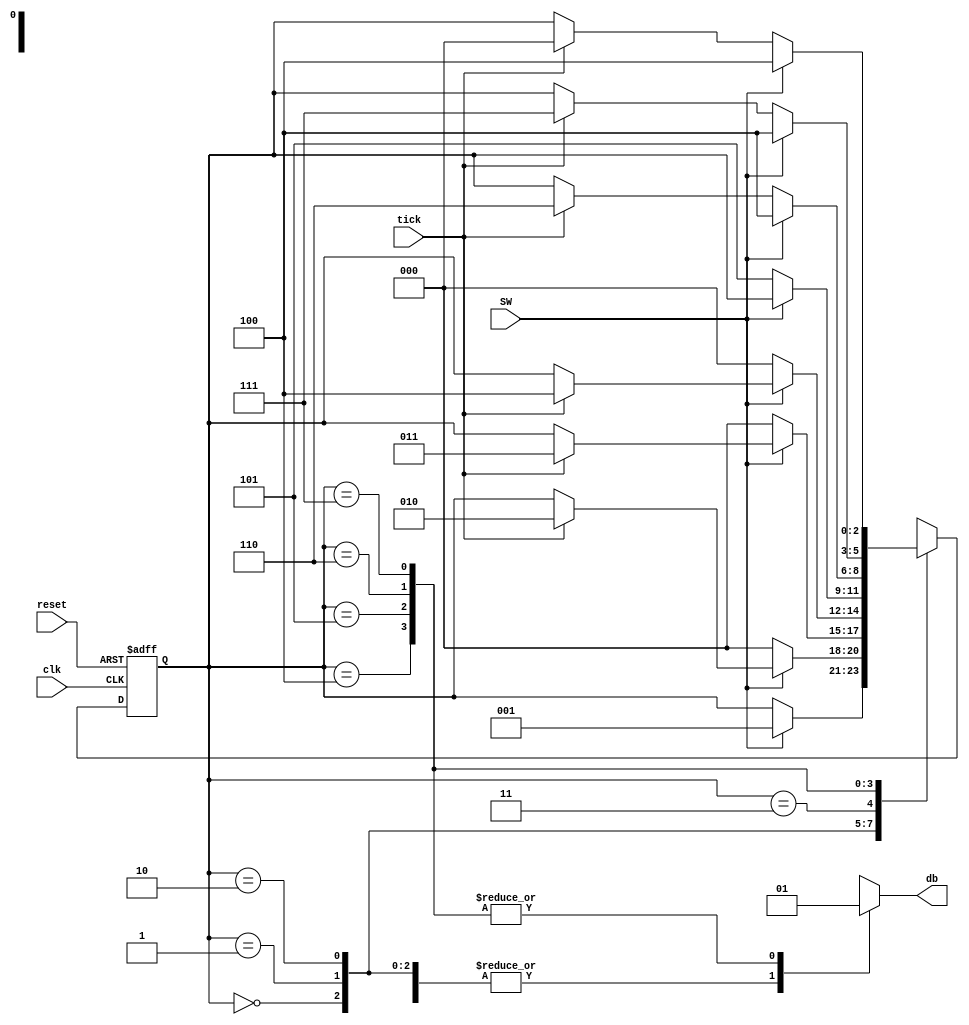
`timescale 1ns / 1ps
//****************************************************************// 
//                                                                // 
//  Created by Naoaki Takatsu on 02/21/2018.                      // 
//  Copyright  2018                                              //
//  Naoaki Takatsu. All rights reserved.                          // 
//                                                                // 
//                                                                // 
//  In submitting this file for class work at CSULB               // 
//  I am confirming that this is my work and the work             // 
//  of no one else. In submitting this code I acknowledge that    // 
//  plagiarism in student project work is subject to dismissal.   //  
//  from the class                                                // 
//****************************************************************//

module debounce_2(
   input clk, reset,
	input tick,
   input SW,
   output reg db
   );

   localparam [2:0] zero = 3'b000,
	                 wait1_1 = 3'b001,
						  wait1_2 = 3'b010,
						  wait1_3 = 3'b011,
						  one = 3'b100,
						  wait0_1 = 3'b101,
						  wait0_2 = 3'b110,
						  wait0_3 = 3'b111;

   localparam N = 20;
   reg  [N-1:0] p_out;
   wire [N-1:0] n_out;
   reg    [2:0] p_state, n_state;
	
   always @ (posedge clk)
      p_out <= n_out;
      assign n_out = p_out + 1'b1;

   always @ (posedge clk, posedge reset)
      if (reset)
         p_state <= zero;
		else
         p_state <= n_state;
			
   always @(*)
   begin
      
		n_state = p_state;
      db = 1'b0;
      
		case(p_state)
		
         zero:
            if(SW)
               n_state = wait1_1;
					
         wait1_1:
            if(~SW)
               n_state = zero;
            else
               if(tick)
                  n_state = wait1_2;
						
         wait1_2:
            if(~SW)
               n_state = zero;
            else
               if (tick)
                  n_state = wait1_3;
						
         wait1_3:
            if (~SW)
               n_state = zero;
            else
               if (tick)
                  n_state = one;
						
         one:
         begin
			
            db = 1'b1;
            if(~SW)
               n_state = wait0_1;
					
         end
			
         wait0_1:
         begin
			
            db = 1'b1;
            if(SW)
            n_state = one;
         else
            if(tick)
               n_state = wait0_2;
					
         end
			
			wait0_2:
         begin
			
            db = 1'b1;
            if(SW)
               n_state = one;
            else
               if(tick)
                  n_state = wait0_3;
						
         end
			
         wait0_3:
         begin
			
            db = 1'b1;
            if(SW)
               n_state = one;
            else
               if(tick)
                  n_state = zero;
						
         end
			
         default : n_state = zero;
			
      endcase
		
   end
	
endmodule